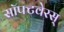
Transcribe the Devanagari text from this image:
सॉफ्टवेरस्